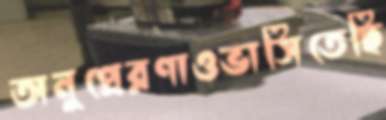
অনুপ্রেরণাওভাসিতেছি